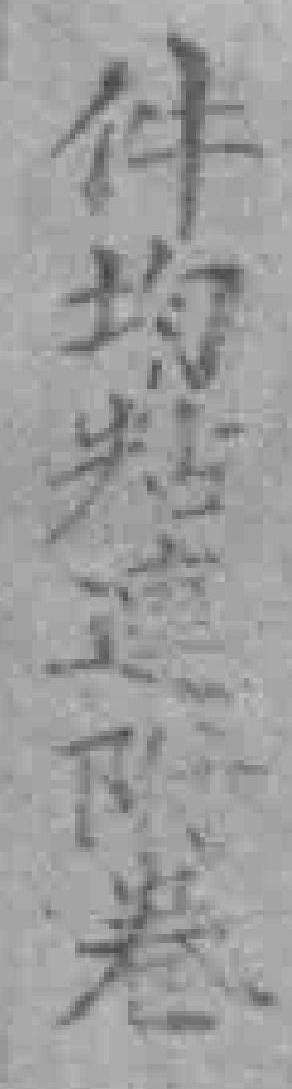
件均粘連附卷